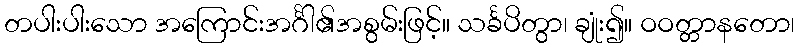
တပါးပါးသော အကြောင်းအင်္ဂါ၏အစွမ်းဖြင့်။ သင်္ခပိတွာ၊ ချုံး၍။ ဝဝတ္တာနတော၊